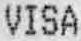
VISA